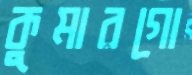
কুমারগো